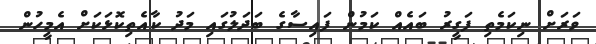
ވަރަށް ނިކަމެތި ފަގީރު ބައެއް ކަމުން ފައިސާގެ ބަދަލުގައި މަދު ކާއެތިކޮޅަކަށް އެމީހުން